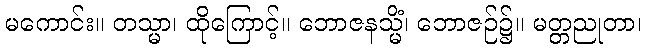
မကောင်း။ တသ္မာ၊ ထိုကြောင့်။ ဘောဇနသ္မိံ၊ ဘောဇဉ်၌။ မတ္တညုတာ၊